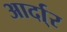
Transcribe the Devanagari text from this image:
आर्दा्र